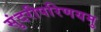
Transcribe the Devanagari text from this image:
सुंदरीपरिणयमु